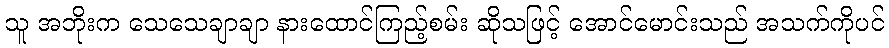
သူ အဘိုးက သေသေချာချာ နားထောင်ကြည့်စမ်း ဆိုသဖြင့် အောင်မောင်းသည် အသက်ကိုပင်